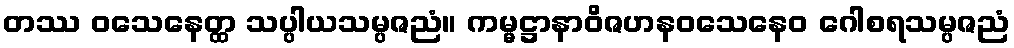
တဿ ဝသေနေတ္ထ သပ္ပါယသမ္ပဇညံ။ ကမ္မဋ္ဌာနာဝိဇဟနဝသေနေဝ ဂေါစရသမ္ပဇညံ